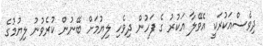
ދިވެސްއަކުރަކީ އެވޭލާ އަކުރު ގެ ފަހުން ދިވެހި ލިޔުމަށް ބޭނުން ކުރެވުނު ލިޔުމުގެ